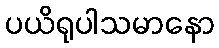
ပယိရုပါသမာနော